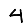
Digit: 4